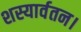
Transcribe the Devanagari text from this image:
शस्यार्वतन।